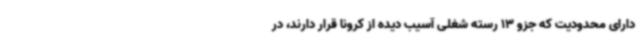
دارای محدودیت که جزو 13 رسته شغلی آسیب دیده از کرونا قرار دارند، در